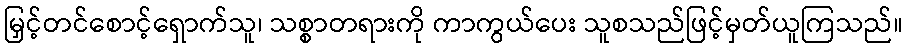
မြှင့်တင်စောင့်ရှောက်သူ၊ သစ္စာတရားကို ကာကွယ်ပေး သူစသည်ဖြင့်မှတ်ယူကြသည်။